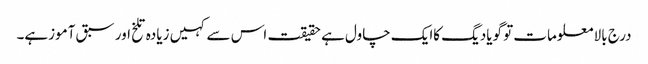
درج بالا معلومات تو گویادیگ کاایک چاول ہے حقیقت اس سے کہیں زیادہ تلخ اور سبق آموزہے۔